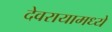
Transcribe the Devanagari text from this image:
देवरायामध्ये